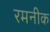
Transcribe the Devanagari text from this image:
रमनीक